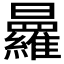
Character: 𭨒